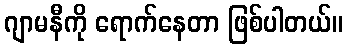
ဂျာမနီကို ရောက်နေတာ ဖြစ်ပါတယ်။